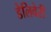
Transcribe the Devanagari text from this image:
डेलिवेरी